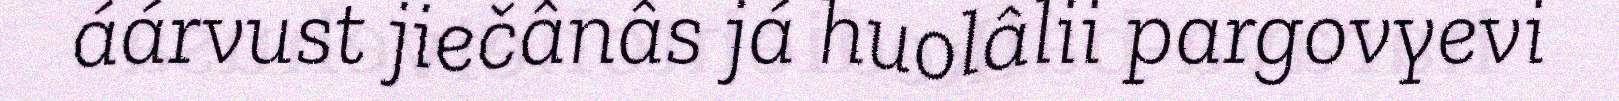
áárvust jiečânâs já huolâlii pargovyevi